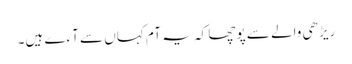
ریڑھی والے سے پوچھا کہ یہ آم کہاں سے آءے ہیں۔